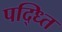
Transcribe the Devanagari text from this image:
पद्ध्ति